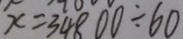
x = 3 4 8 0 0 \div 6 0